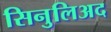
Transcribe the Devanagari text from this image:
सिनुलिअद